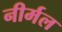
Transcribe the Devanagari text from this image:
नीर्मल